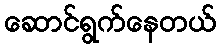
ဆောင်ရွက်နေတယ်